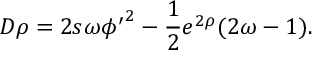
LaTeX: D \rho = 2 s \omega { \phi ^ { \prime } } ^ { 2 } - \frac 1 2 e ^ { 2 \rho } ( 2 \omega - 1 ) .